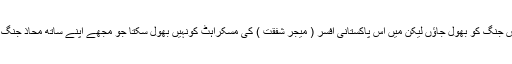
میں شاید اس جنگ کو بھول جاؤں لیکن میں اس پاکستانی افسر ( میجر شفقت ) کی مسکراہٹ کونہیں بھول سکتا جو مجھے اپنے ساتھ محاذ جنگ پر لے گیا۔